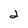
Character: 2